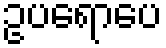
ဥပရောပေ